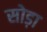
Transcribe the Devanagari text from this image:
सोड़ा